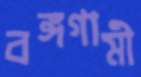
বঙ্গগামী